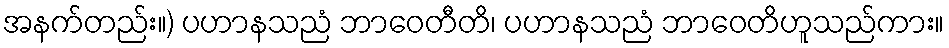
အနက်တည်း။) ပဟာနသညံ ဘာဝေတီတိ၊ ပဟာနသညံ ဘာဝေတိဟူသည်ကား။